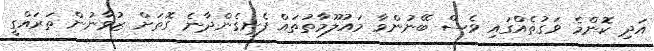
އަދި ކޮންމެ ވަގުތެއްގައި ވެސް ބޭނުންވާ މައުލޫމާތުތައް ފެނިގެންދާނެ ގޮތަށް ޒުވާނުން ތަރައްގީ